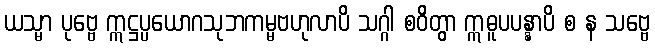
ယသ္မာ ပုဗ္ဗေ ဣဋ္ဌပ္ပယောဂသုဘကမ္မဗဟုလာပိ သဂ္ဂါ စဝိတွာ ဣဓူပပန္နာပိ စ န သဗ္ဗေ